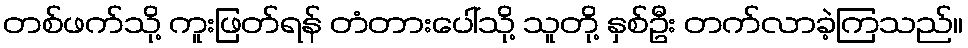
တစ်ဖက်သို့ ကူးဖြတ်ရန် တံတားပေါ်သို့ သူတို့ နှစ်ဦး တက်လာခဲ့ကြသည်။